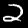
Digit: 2